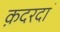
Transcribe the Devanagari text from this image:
क़दरदाॅ